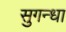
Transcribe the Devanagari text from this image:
सुगन्धा